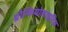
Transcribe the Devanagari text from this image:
ब्रौन्कियोलाइटिस